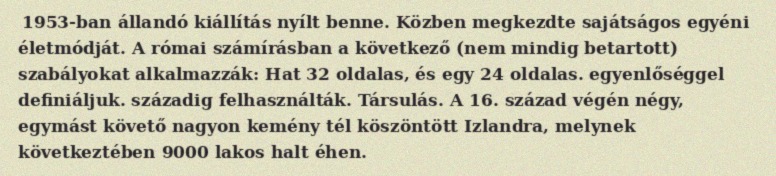
1953-ban állandó kiállítás nyílt benne. Közben megkezdte sajátságos egyéni életmódját. A római számírásban a következő (nem mindig betartott) szabályokat alkalmazzák: Hat 32 oldalas, és egy 24 oldalas. egyenlőséggel definiáljuk. századig felhasználták. Társulás. A 16. század végén négy, egymást követő nagyon kemény tél köszöntött Izlandra, melynek következtében 9000 lakos halt éhen.